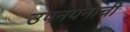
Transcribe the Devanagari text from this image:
उपनयनाची